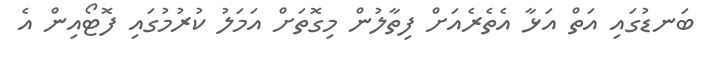
ބަނޑުގައި އަތް އަޅާ އެތެރެއަށް ފިތާލުން މިގޮތަށް އަމަލު ކުރުމުގައި ފޮޓޯއިން އެ